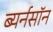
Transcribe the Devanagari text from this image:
ब्यर्नसॉन